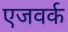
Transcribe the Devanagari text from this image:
एजवर्क